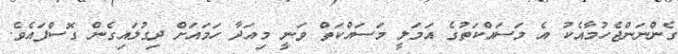
ގެންނަންޖެހުމާއެކު އެ މަސައްކަތުގެ އަމަލީ މަސައްކަތް ވަނީ މިއަދާ ހަމައަށް ދިގުލައިގެން ގޮސްފައެވެ.